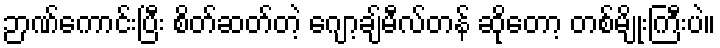
ဉာဏ်ကောင်းပြီး စိတ်ဆတ်တဲ့ ဂျော့ချ်မီလ်တန် ဆိုတော့ တစ်မျိုးကြီးပဲ။